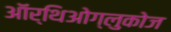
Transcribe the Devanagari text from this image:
ऑर्थिओग्लुकोज